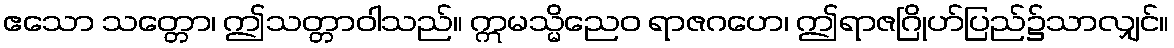
ဧသော သတ္တော၊ ဤသတ္တာဝါသည်။ ဣမသ္မိညေဝ ရာဇဂဟေ၊ ဤရာဇဂြိုဟ်ပြည်၌သာလျှင်။